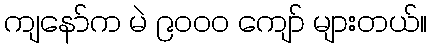
ကျနော်က မဲ ၉၀၀၀ ကျော် များတယ်။